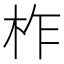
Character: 柞